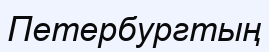
Петербургтың